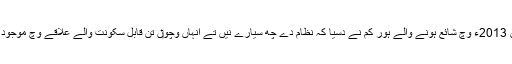
جون 2013ء وچ شائع ہونے والے ہور کم نے دسیا کہ نظام دے چھ سیارے نيں تے انہاں وچو‏ں تن قابل سکونت والے علاقے وچ موجود نيں۔